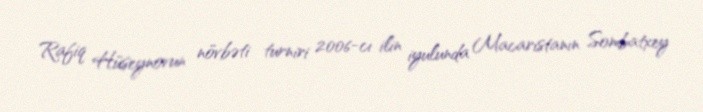
Rafiq Hüseynovun növbəti turniri 2006-cı ilin iyulunda Macarıstanın Sombatxey